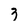
Character: 3